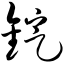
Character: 锭